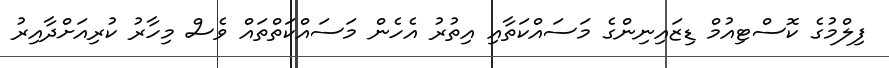
ފިލްމުގެ ކޮސްޓިއުމް ޑިޒައިނިންގެ މަަސައްކަތާއި އިތުރު އެހެން މަސައްކަތްތައް ވެސް މިހާރު ކުރިއަށްދާއިރު